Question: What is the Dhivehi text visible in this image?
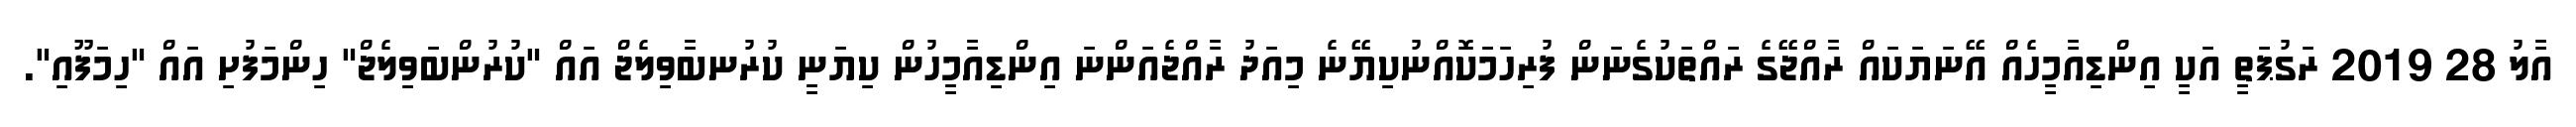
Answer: އާލު 28 2019 ރަގުޕަތީ އަކީ އިންޑިއާމީހެއް އޭނަޔަކައް ރާއްޖޭގެ ރައްތަކުގެނަން ފުރިހަމަކޮއްނުކިޔޭނެ މިއަދު ރާއްޖެއަންނަ އިންޑިއާމީހުން ކިޔަނީ ކުރުނބާވިލެޖް އައް "ކުރުންބަވިލެޖް" ހިންމަފުށި އައް "ހިމަފޫއި".